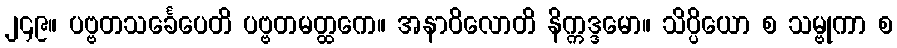
၂၄၉။ ပဗ္ဗတသင်္ခေပေတိ ပဗ္ဗတမတ္ထကေ။ အနာဝိလောတိ နိက္ကဒ္ဒမော။ သိပ္ပိယော စ သမ္ဗုကာ စ